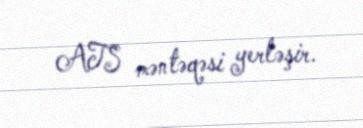
ATS məntəqəsi yerləşir.